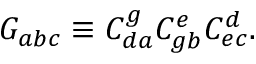
G _ { a b c } \equiv C _ { d a } ^ { g } C _ { g b } ^ { e } C _ { e c } ^ { d } .